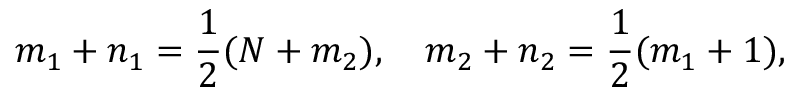
m _ { 1 } + n _ { 1 } = \frac { 1 } { 2 } ( N + m _ { 2 } ) , \quad m _ { 2 } + n _ { 2 } = \frac { 1 } { 2 } ( m _ { 1 } + 1 ) ,